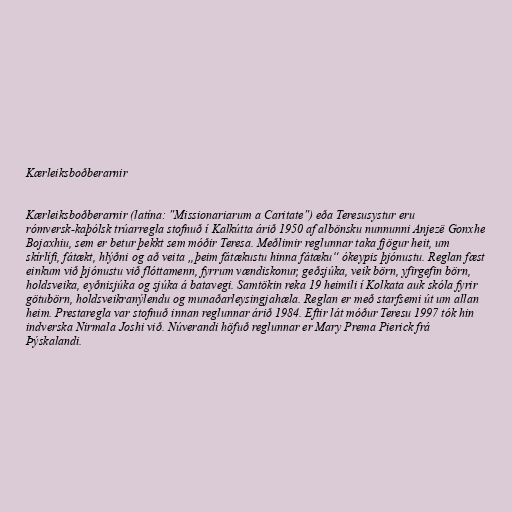
Kærleiksboðberarnir

Kærleiksboðberarnir (latína: "Missionariarum a Caritate") eða Teresusystur eru
rómversk-kaþólsk trúarregla stofnuð í Kalkútta árið 1950 af albönsku nunnunni Anjezë Gonxhe
Bojaxhiu, sem er betur þekkt sem móðir Teresa. Meðlimir reglunnar taka fjögur heit, um
skírlífi, fátækt, hlýðni og að veita „þeim fátækustu hinna fátæku“ ókeypis þjónustu. Reglan fæst
einkum við þjónustu við flóttamenn, fyrrum vændiskonur, geðsjúka, veik börn, yfirgefin börn,
holdsveika, eyðnisjúka og sjúka á batavegi. Samtökin reka 19 heimili í Kolkata auk skóla fyrir
götubörn, holdsveikranýlendu og munaðarleysingjahæla. Reglan er með starfsemi út um allan
heim. Prestaregla var stofnuð innan reglunnar árið 1984. Eftir lát móður Teresu 1997 tók hin
indverska Nirmala Joshi við. Núverandi höfuð reglunnar er Mary Prema Pierick frá
Þýskalandi.